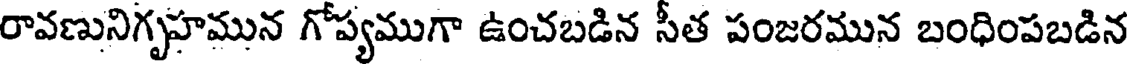
రావణునిగృహమున గోప్యముగా ఉంచబడిన సీత పంజరమున బంధింపబడిన